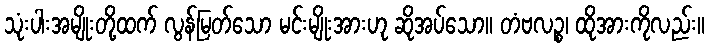
သုံးပါးအမျိုးတို့ထက် လွန်မြတ်သော မင်းမျိုးအားဟု ဆိုအပ်သော။ တံဗလဉ္စ၊ ထိုအားကိုလည်း။